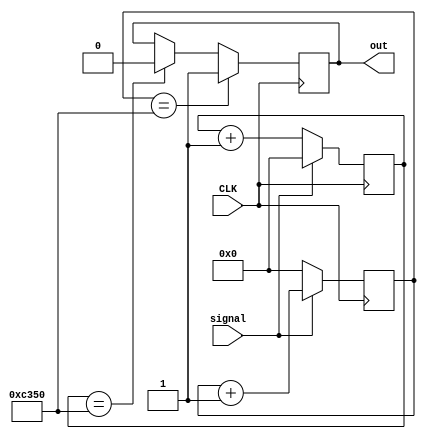
module dithering_process(
        input CLK,
        input signal,
        output out
    );
    parameter SAMPLE_TIME = 50000;
    reg [21:0] count_low;
    reg [21:0] count_high;
    reg key_out_reg;
    always @(posedge CLK)
    if(signal ==1'b0)
    count_low <= count_low + 1;
    else
    count_low <= 0;
    always @(posedge CLK)
    if(signal ==1'b1)
    count_high <= count_high + 1;
    else
    count_high <= 0;
    always @(posedge CLK)
    if(count_high == SAMPLE_TIME)
    key_out_reg <= 1;
    else if(count_low == SAMPLE_TIME)
    key_out_reg <= 0;
    assign out = key_out_reg;
    endmodule